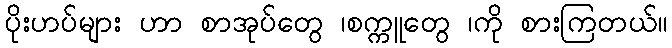
ပိုးဟပ်များ ဟာ စာအုပ်တွေ ၊စက္ကူတွေ ၊ကို စားကြတယ်။